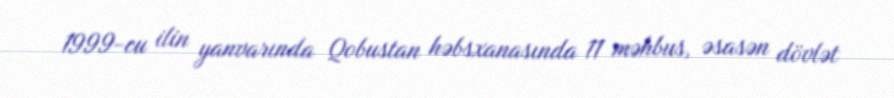
1999-cu ilin yanvarında Qobustan həbsxanasında 11 məhbus, əsasən dövlət